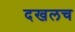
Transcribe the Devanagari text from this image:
दखलच